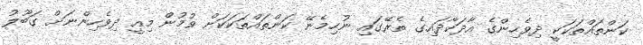
ކަންތައްތަކަކީ ދިވެހިންގެ އާދަކާދައިގެ ތެރޭގައި ނުހިމެނޭ ކަންތައްތަކަކަށް ވުމުން މިއީ ދިވެހިންނަށް ގަބޫލު